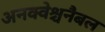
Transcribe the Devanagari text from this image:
अनक्वेश्चनैबल